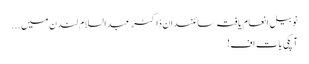
نوبیل انعام یافتہ سائنسدان ڈاکٹر عبدالسلام لندن میں...
آپکی بات اف!